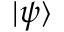
| \psi \rangle